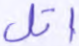
اتل